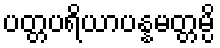
ပတ္တပရိယာပန္နမတ္တမ္ပိ